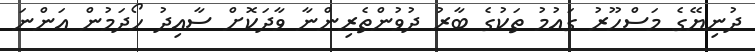
ދުނިޔޭގެ މަސްހޫރު ގައުމު ތަކުގެ ބާރު ދުވުންތެރިންނާ ވާދަކޮށް ސާއިދު ހޯދަމުން އަންނަ